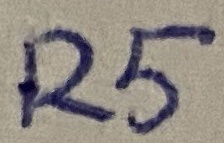
Text: R5